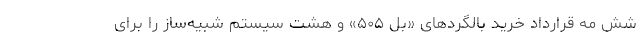
شش مه قرارداد خرید بالگردهای «بل ۵۰۵» و هشت سیستم شبیه‌ساز را برای